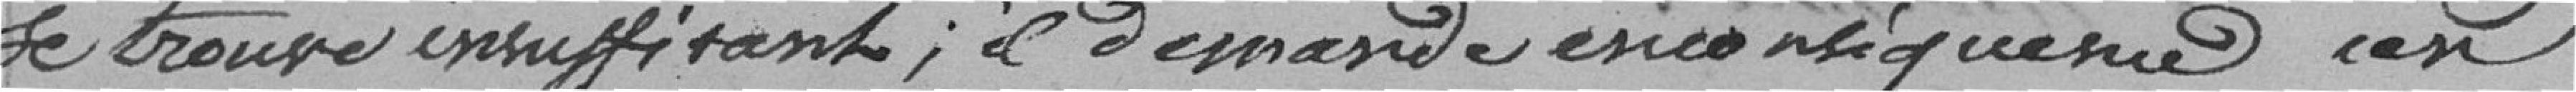
se trouve insuffisant; il demande en conséquence un